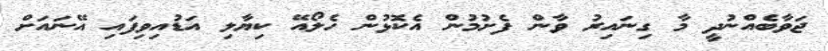
ޖަވާބެއްނުދީ މާ ގިނައިރު ވާން ފެށުމުން އެކޮޅުން ހެލޯއޭ ކިޔާލި އަޑުއިވިފައި އޭނައަށް